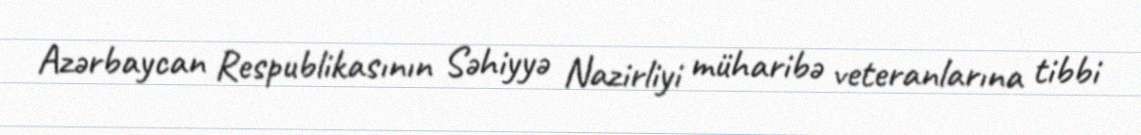
Azərbaycan Respublikasının Səhiyyə Nazirliyi müharibə veteranlarına tibbi